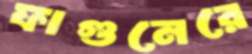
ফাগুনেরে